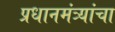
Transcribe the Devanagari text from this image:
प्रधानमंत्र्यांचा